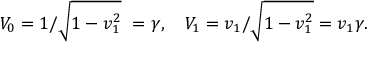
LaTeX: V _ { 0 } = 1 / { \sqrt { 1 - v _ { 1 } ^ { 2 } } } \ = \gamma , \quad V _ { 1 } = v _ { 1 } / { \sqrt { 1 - v _ { 1 } ^ { 2 } } } = v _ { 1 } \gamma .